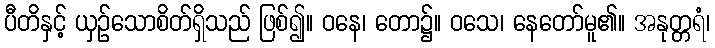
ပီတိနှင့် ယှဉ်သောစိတ်ရှိသည် ဖြစ်၍။ ဝနေ၊ တော၌။ ဝသေ၊ နေတော်မူ၏။ အနုတ္တရံ၊